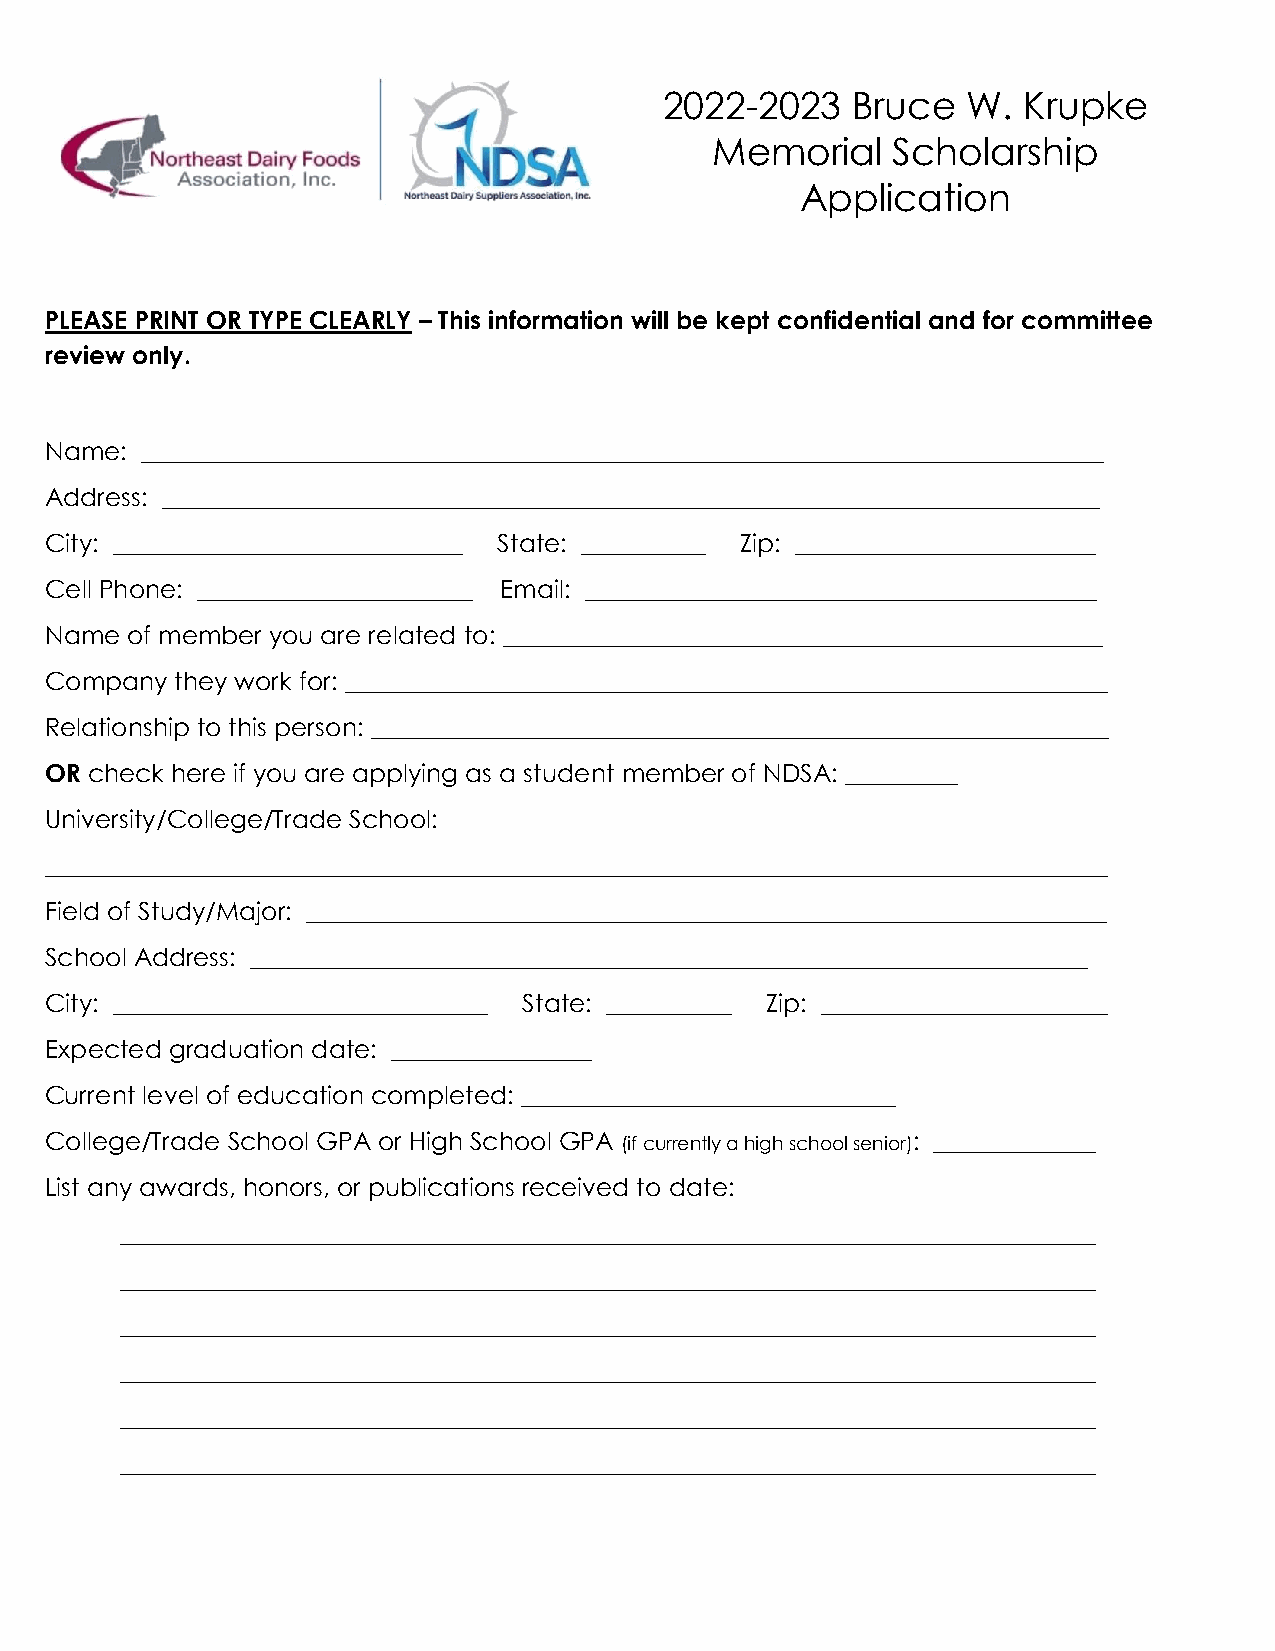
2022-2023   Bruce   W.  Krupke
 Memorial    Scholarship
 Application
 PLEASE PRINT OR TYPE CLEARLY – This information will be kept confidential and for committee
 review only.
 Name: _____________________________________________________________________________
 Address: ___________________________________________________________________________
 City: ____________________________ State: __________ Zip: ________________________
 Cell Phone: ______________________ Email: _________________________________________
 Name of member you are related to: ________________________________________________
 Company  they work for: _____________________________________________________________
 Relationship to this person: ___________________________________________________________
 OR check here if you are applying as a student member of NDSA: _________
 University/College/Trade School:
 _____________________________________________________________________________________
 Field of Study/Major: ________________________________________________________________
 School Address: ___________________________________________________________________
 City: ______________________________ State: __________ Zip: _______________________
 Expected graduation date: ________________
 Current level of education completed: ______________________________
 College/Trade School GPA or High School GPA (if currently a high school senior): _____________
 List any awards, honors, or publications received to date:
 ______________________________________________________________________________
 ______________________________________________________________________________
 ______________________________________________________________________________
 ______________________________________________________________________________
 ______________________________________________________________________________
 ______________________________________________________________________________